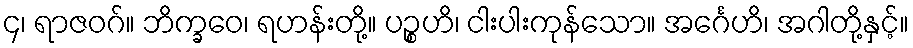
၄၊ ရာဇဝဂ်။ ဘိက္ခဝေ၊ ရဟန်းတို့။ ပဉ္စဟိ၊ ငါးပါးကုန်သော။ အင်္ဂေဟိ၊ အဂါတို့နှင့်။